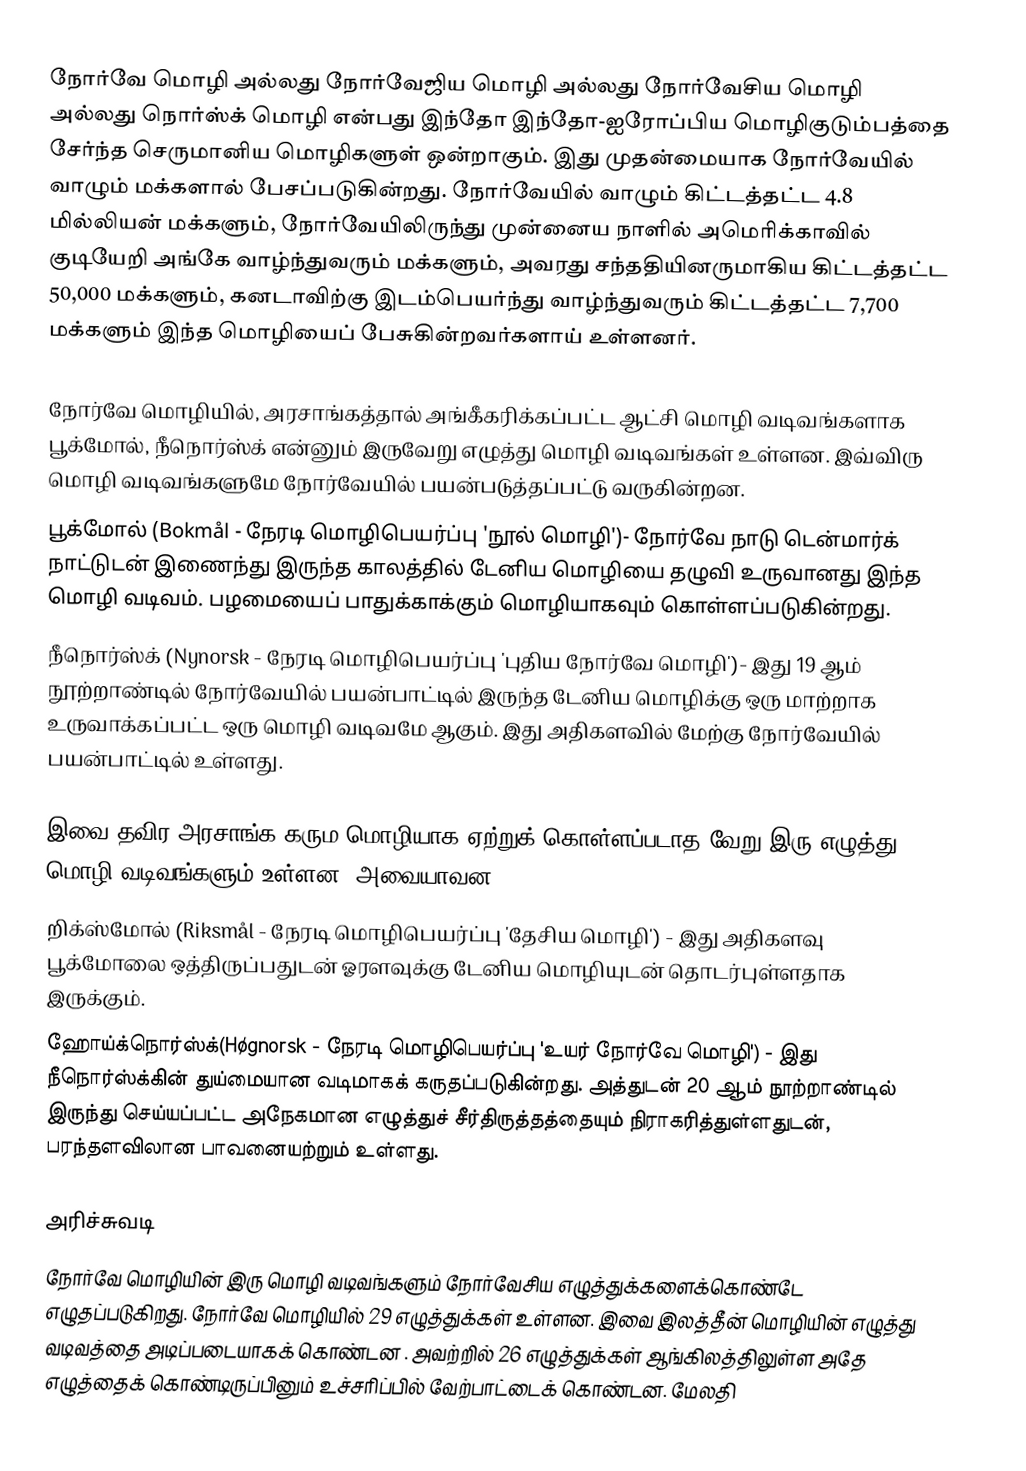
நோர்வே மொழி அல்லது நோர்வேஜிய மொழி அல்லது நோர்வேசிய மொழி அல்லது நொர்ஸ்க் மொழி என்பது இந்தோ இந்தோ-ஐரோப்பிய மொழிகுடும்பத்தை சேர்ந்த செருமானிய மொழிகளுள் ஒன்றாகும். இது முதன்மையாக நோர்வேயில் வாழும் மக்களால் பேசப்படுகின்றது. நோர்வேயில் வாழும் கிட்டத்தட்ட 4.8 மில்லியன் மக்களும், நோர்வேயிலிருந்து முன்னைய நாளில் அமெரிக்காவில் குடியேறி அங்கே வாழ்ந்துவரும் மக்களும், அவரது சந்ததியினருமாகிய கிட்டத்தட்ட 50,000 மக்களும், கனடாவிற்கு இடம்பெயர்ந்து வாழ்ந்துவரும் கிட்டத்தட்ட 7,700 மக்களும் இந்த மொழியைப் பேசுகின்றவர்களாய் உள்ளனர்.

நோர்வே மொழியில், அரசாங்கத்தால் அங்கீகரிக்கப்பட்ட ஆட்சி மொழி வடிவங்களாக பூக்மோல், நீநொர்ஸ்க் என்னும் இருவேறு எழுத்து மொழி வடிவங்கள் உள்ளன. இவ்விரு மொழி வடிவங்களுமே நோர்வேயில் பயன்படுத்தப்பட்டு வருகின்றன.
 பூக்மோல் (Bokmål - நேரடி மொழிபெயர்ப்பு 'நூல் மொழி')- நோர்வே நாடு டென்மார்க் நாட்டுடன் இணைந்து இருந்த காலத்தில் டேனிய மொழியை தழுவி உருவானது இந்த மொழி வடிவம். பழமையைப் பாதுக்காக்கும் மொழியாகவும் கொள்ளப்படுகின்றது.
 நீநொர்ஸ்க் (Nynorsk - நேரடி மொழிபெயர்ப்பு 'புதிய நோர்வே மொழி')- இது 19 ஆம் நூற்றாண்டில் நோர்வேயில் பயன்பாட்டில் இருந்த டேனிய மொழிக்கு ஒரு மாற்றாக உருவாக்கப்பட்ட ஒரு மொழி வடிவமே ஆகும். இது அதிகளவில் மேற்கு நோர்வேயில் பயன்பாட்டில் உள்ளது.

இவை தவிர அரசாங்க கரும மொழியாக ஏற்றுக் கொள்ளப்படாத வேறு இரு எழுத்து மொழி வடிவங்களும் உள்ளன. அவையாவன:
 றிக்ஸ்மோல் (Riksmål - நேரடி மொழிபெயர்ப்பு 'தேசிய மொழி') - இது அதிகளவு பூக்மோலை ஒத்திருப்பதுடன் ஓரளவுக்கு டேனிய மொழியுடன் தொடர்புள்ளதாக இருக்கும்.
 ஹோய்க்நொர்ஸ்க்(Høgnorsk - நேரடி மொழிபெயர்ப்பு 'உயர் நோர்வே மொழி') - இது நீநொர்ஸ்க்கின் துய்மையான வடிமாகக் கருதப்படுகின்றது. அத்துடன் 20 ஆம் நூற்றாண்டில் இருந்து செய்யப்பட்ட அநேகமான எழுத்துச் சீர்திருத்தத்தையும் நிராகரித்துள்ளதுடன், பரந்தளவிலான பாவனையற்றும் உள்ளது.

அரிச்சுவடி
நோர்வே மொழியின் இரு மொழி வடிவங்களும் நோர்வேசிய எழுத்துக்களைக்கொண்டே எழுதப்படுகிறது. நோர்வே மொழியில் 29 எழுத்துக்கள் உள்ளன. இவை இலத்தீன் மொழியின் எழுத்து வடிவத்தை அடிப்படையாகக் கொண்டன . அவற்றில் 26 எழுத்துக்கள் ஆங்கிலத்திலுள்ள அதே எழுத்தைக் கொண்டிருப்பினும் உச்சரிப்பில் வேற்பாட்டைக் கொண்டன. மேலதி